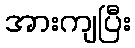
အားကျပြီး